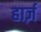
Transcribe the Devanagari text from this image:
हार्ज़